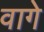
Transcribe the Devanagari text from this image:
वागे